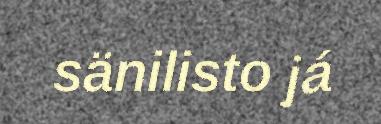
sänilisto já